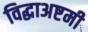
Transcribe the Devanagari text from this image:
विद्धाअष्टमी